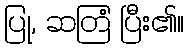
ပြု, ဆတြံ ပြီး၏။